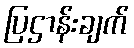
ပြဌာန်းချက်